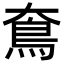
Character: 𩾪